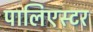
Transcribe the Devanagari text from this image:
पालिएस्टर